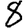
Digit: 8